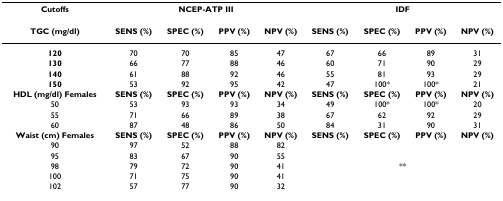
<table><thead><tr><td><b>Cutoffs</b></td><td colspan="4"><b>NCEP-ATP III</b></td><td colspan="4"><b>IDF</b></td></tr></thead><tbody><tr><td><b>TGC (mg/dl)</b></td><td><b>SENS (%)</b></td><td><b>SPEC (%)</b></td><td><b>PPV (%)</b></td><td><b>NPV (%)</b></td><td><b>SENS (%)</b></td><td><b>SPEC (%)</b></td><td><b>PPV (%)</b></td><td><b>NPV (%)</b></td></tr><tr><td><b>120</b></td><td>70</td><td>70</td><td>85</td><td>47</td><td>67</td><td>66</td><td>89</td><td>31</td></tr><tr><td><b>130</b></td><td>66</td><td>77</td><td>88</td><td>46</td><td>60</td><td>71</td><td>90</td><td>29</td></tr><tr><td><b>140</b></td><td>61</td><td>88</td><td>92</td><td>46</td><td>55</td><td>81</td><td>93</td><td>29</td></tr><tr><td><b>150</b></td><td>53</td><td>92</td><td>95</td><td>42</td><td>47</td><td>100*</td><td>100*</td><td>21</td></tr><tr><td><b>HDL (mg/dl) Females</b></td><td><b>SENS (%)</b></td><td><b>SPEC (%)</b></td><td><b>PPV (%)</b></td><td><b>NPV (%)</b></td><td><b>SENS (%)</b></td><td><b>SPEC (%)</b></td><td><b>PPV (%)</b></td><td><b>NPV (%)</b></td></tr><tr><td>50</td><td>53</td><td>93</td><td>93</td><td>34</td><td>49</td><td>100*</td><td>100*</td><td>20</td></tr><tr><td>55</td><td>71</td><td>66</td><td>89</td><td>38</td><td>67</td><td>62</td><td>92</td><td>29</td></tr><tr><td>60</td><td>87</td><td>48</td><td>86</td><td>50</td><td>84</td><td>31</td><td>90</td><td>31</td></tr><tr><td><b>Waist (cm) Females</b></td><td><b>SENS (%)</b></td><td><b>SPEC (%)</b></td><td><b>PPV (%)</b></td><td><b>NPV (%)</b></td><td><b>SENS (%)</b></td><td><b>SPEC (%)</b></td><td><b>PPV (%)</b></td><td><b>NPV (%)</b></td></tr><tr><td>90</td><td>97</td><td>52</td><td>88</td><td>82</td><td></td><td></td><td></td><td></td></tr><tr><td>95</td><td>83</td><td>67</td><td>90</td><td>55</td><td></td><td></td><td></td><td></td></tr><tr><td>98</td><td>79</td><td>72</td><td>90</td><td>41</td><td colspan="4">**</td></tr><tr><td>100</td><td>71</td><td>75</td><td>90</td><td>41</td><td></td><td></td><td></td><td></td></tr><tr><td>102</td><td>57</td><td>77</td><td>90</td><td>32</td><td></td><td></td><td></td><td></td></tr></tbody></table>